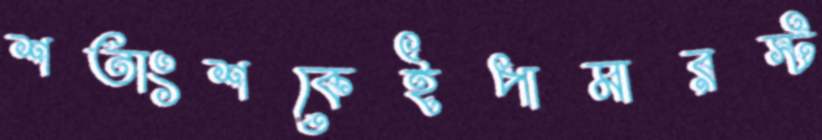
শতাংশকেইপামারস্ট